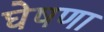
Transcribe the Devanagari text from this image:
घेषणा